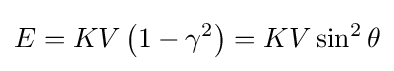
E=KV\left(1-\gamma ^{2}\right)=KV\sin ^{2}\theta